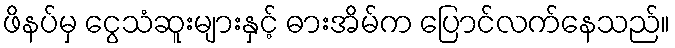
ဖိနပ်မှ ငွေသံဆူးများနှင့် ဓားအိမ်က ပြောင်လက်နေသည်။